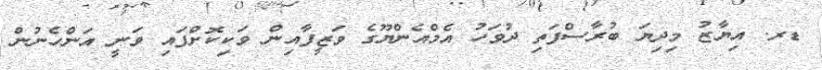
ޑރ. އިޔާޒު މިދިޔަ ބުރާސްފަތި ދުވަހު އެމްއެންޔޫގެ ވަޒީފާއިން ވަކިކޮށްފައި ވަނީ އަންހެނުން